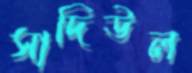
সাদিউল